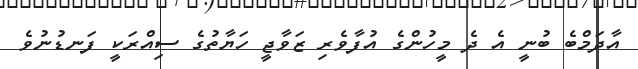
އާދަމްބެ ބުނީ އެ ދެ މީހުންގެ އުފާވެރި ޒަވާޖީ ހަޔާތުގެ ސިއްރަކީ ފަނޑުނުވެ